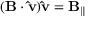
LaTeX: ( \mathbf { B } \cdot \mathbf { \hat { v } } ) \mathbf { \hat { v } } = \mathbf { B } _ { \parallel }